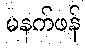
မနက်ဖန်